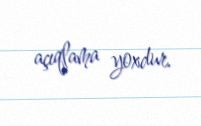
açıqlama yoxdur.